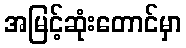
အမြင့်ဆုံးတောင်မှာ